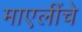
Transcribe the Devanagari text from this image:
माएलींचे